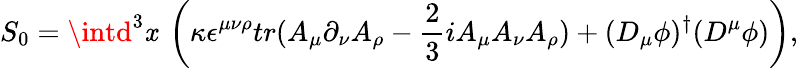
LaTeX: S_{0}=\intd^{3}\mathit{x}~\left(\kappa\epsilon^{\mu\nu\rho}tr(A_{\mu}\partial_{\nu}A_{\rho}-\frac{{2}}{{3}}iA_{\mu}A_{\nu}A_{\rho})+(D_{\mu}\phi)^{\dagger}(D^{\mu}\phi)\right),